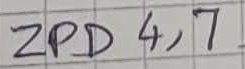
Text: ZPD4,7